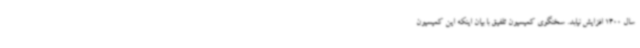
سال 1400 افزایش نیابد. سخنگوی کمیسیون تلفیق با بیان اینکه این کمیسیون